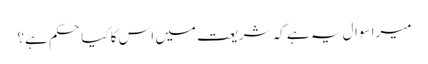
میرا سوال یہ ہے کہ شریعت میں اس کا کیا حکم ہے؟